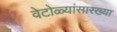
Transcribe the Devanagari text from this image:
वेटोळ्यांसारख्या